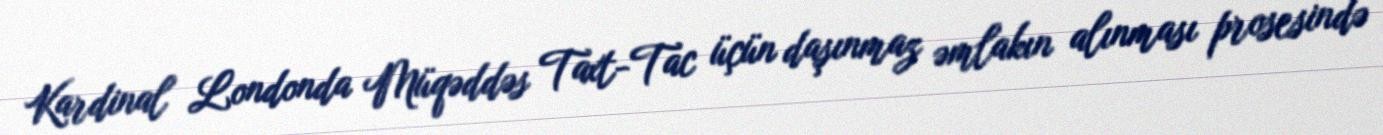
Kardinal Londonda Müqəddəs Taxt-Tac üçün daşınmaz əmlakın alınması prosesində